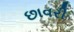
છાવરી